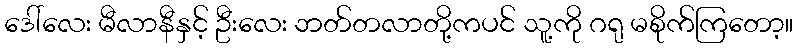
ဒေါ်လေး မီလာနီနှင့် ဦးလေး ဘတ်တလာတို့ကပင် သူ့ကို ဂရု မစိုက်ကြတော့။